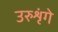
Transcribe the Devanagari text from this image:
उरुशृंगे